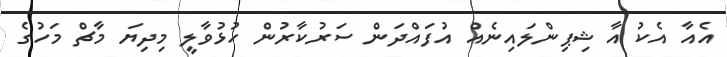
އެއާ އެކު އާ ޝިޕިންލައިނެއް އުފައްދަން ސަރުކާރުން ހުޅުވާލީ މިދިޔަ މާޗް މަހުގެ